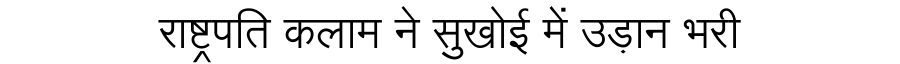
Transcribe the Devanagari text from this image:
राष्ट्रपति कलाम ने सुखोई में उड़ान भरी